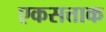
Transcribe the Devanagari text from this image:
एकसत्ताक